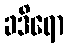
ခဒိရော